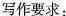
写作要求：